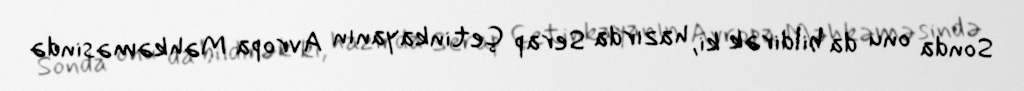
Sonda onu da bildirək ki, hazırda Serap Çetinkayanın Avropa Məhkəməsində